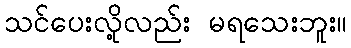
သင်ပေးလို့လည်း မရသေးဘူး။